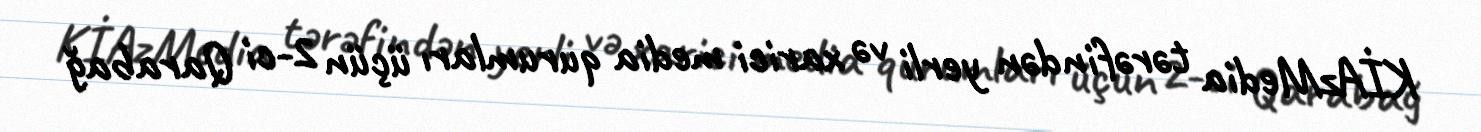
KİAzMedia tərəfindən yerli və xarici media qurumları üçün 2-ci Qarabağ